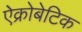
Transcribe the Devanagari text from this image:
ऐक्रोबेटिक